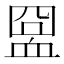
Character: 𧖸